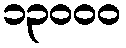
၁၃၀၀၀